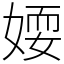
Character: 𡞾